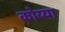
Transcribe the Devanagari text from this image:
कोय्या